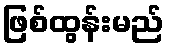
ဖြစ်ထွန်းမည်